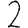
Digit: 2